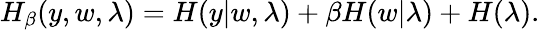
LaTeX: \begin{array}{r}{H_{\beta}(y,w,\lambda)=H(y|w,\lambda)+\beta H(w|\lambda)+H(\lambda).}\end{array}